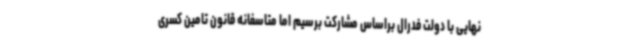
نهایی با دولت فدرال براساس مشارکت برسیم اما متاسفانه قانون تامین کسری